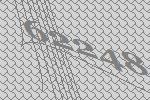
62248